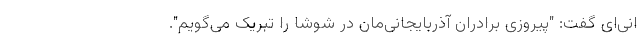
انی‌ای گفت: "پیروزی برادران آذربایجانی‌مان در شوشا را تبریک می‌گویم".